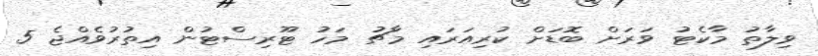
ވިލާތު މާކެޓު ވަރަށް ބޮޑަށް ކުރިއަރައި މާޗު މަހު ޓޫރިސްޓުން އިތުރުވެއްޖެ 5